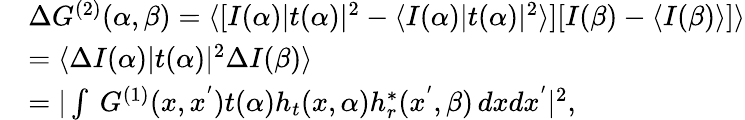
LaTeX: \begin{array}{rl}&{\Delta G^{(2)}(\alpha,\beta)=\langle[I(\alpha)|t(\alpha)|^{2}-\langle I(\alpha)|t(\alpha)|^{2}\rangle][I(\beta)-\langle I(\beta)\rangle]\rangle}\\ &{=\langle\Delta I(\alpha)|t(\alpha)|^{2}\Delta I(\beta)\rangle}\\ &{=|\int\ G^{(1)}(x,x^{'})t(\alpha)h_{t}(x,\alpha)h_{r}^{*}(x^{'},\beta)\, dxdx^{'}|^{2},}\end{array}